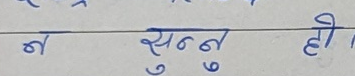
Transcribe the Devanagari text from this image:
न सुन्न हो।